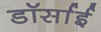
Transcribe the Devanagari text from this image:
डॉर्साई